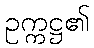
ဥက္ကဋ္ဌ၏